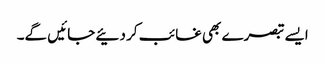
ایسے تبصرے بھی غائب کر دئیے جائیں گے۔